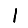
Digit: 1